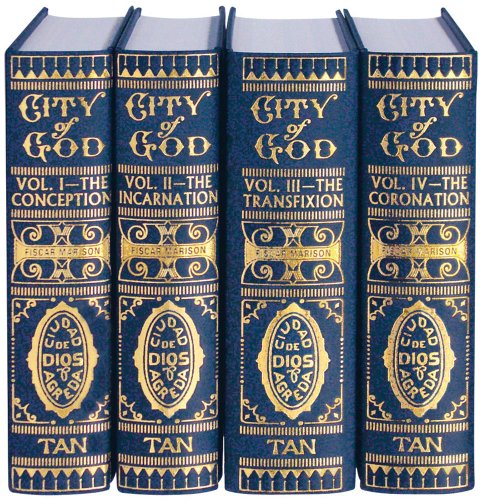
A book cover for Mystical City of God; Ven. Mary of Agreda; Christian Books & Bibles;